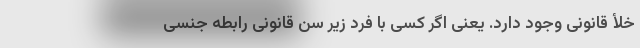
خلأ قانونی وجود دارد. یعنی اگر کسی با فرد زیر سن قانونی رابطه جنسی